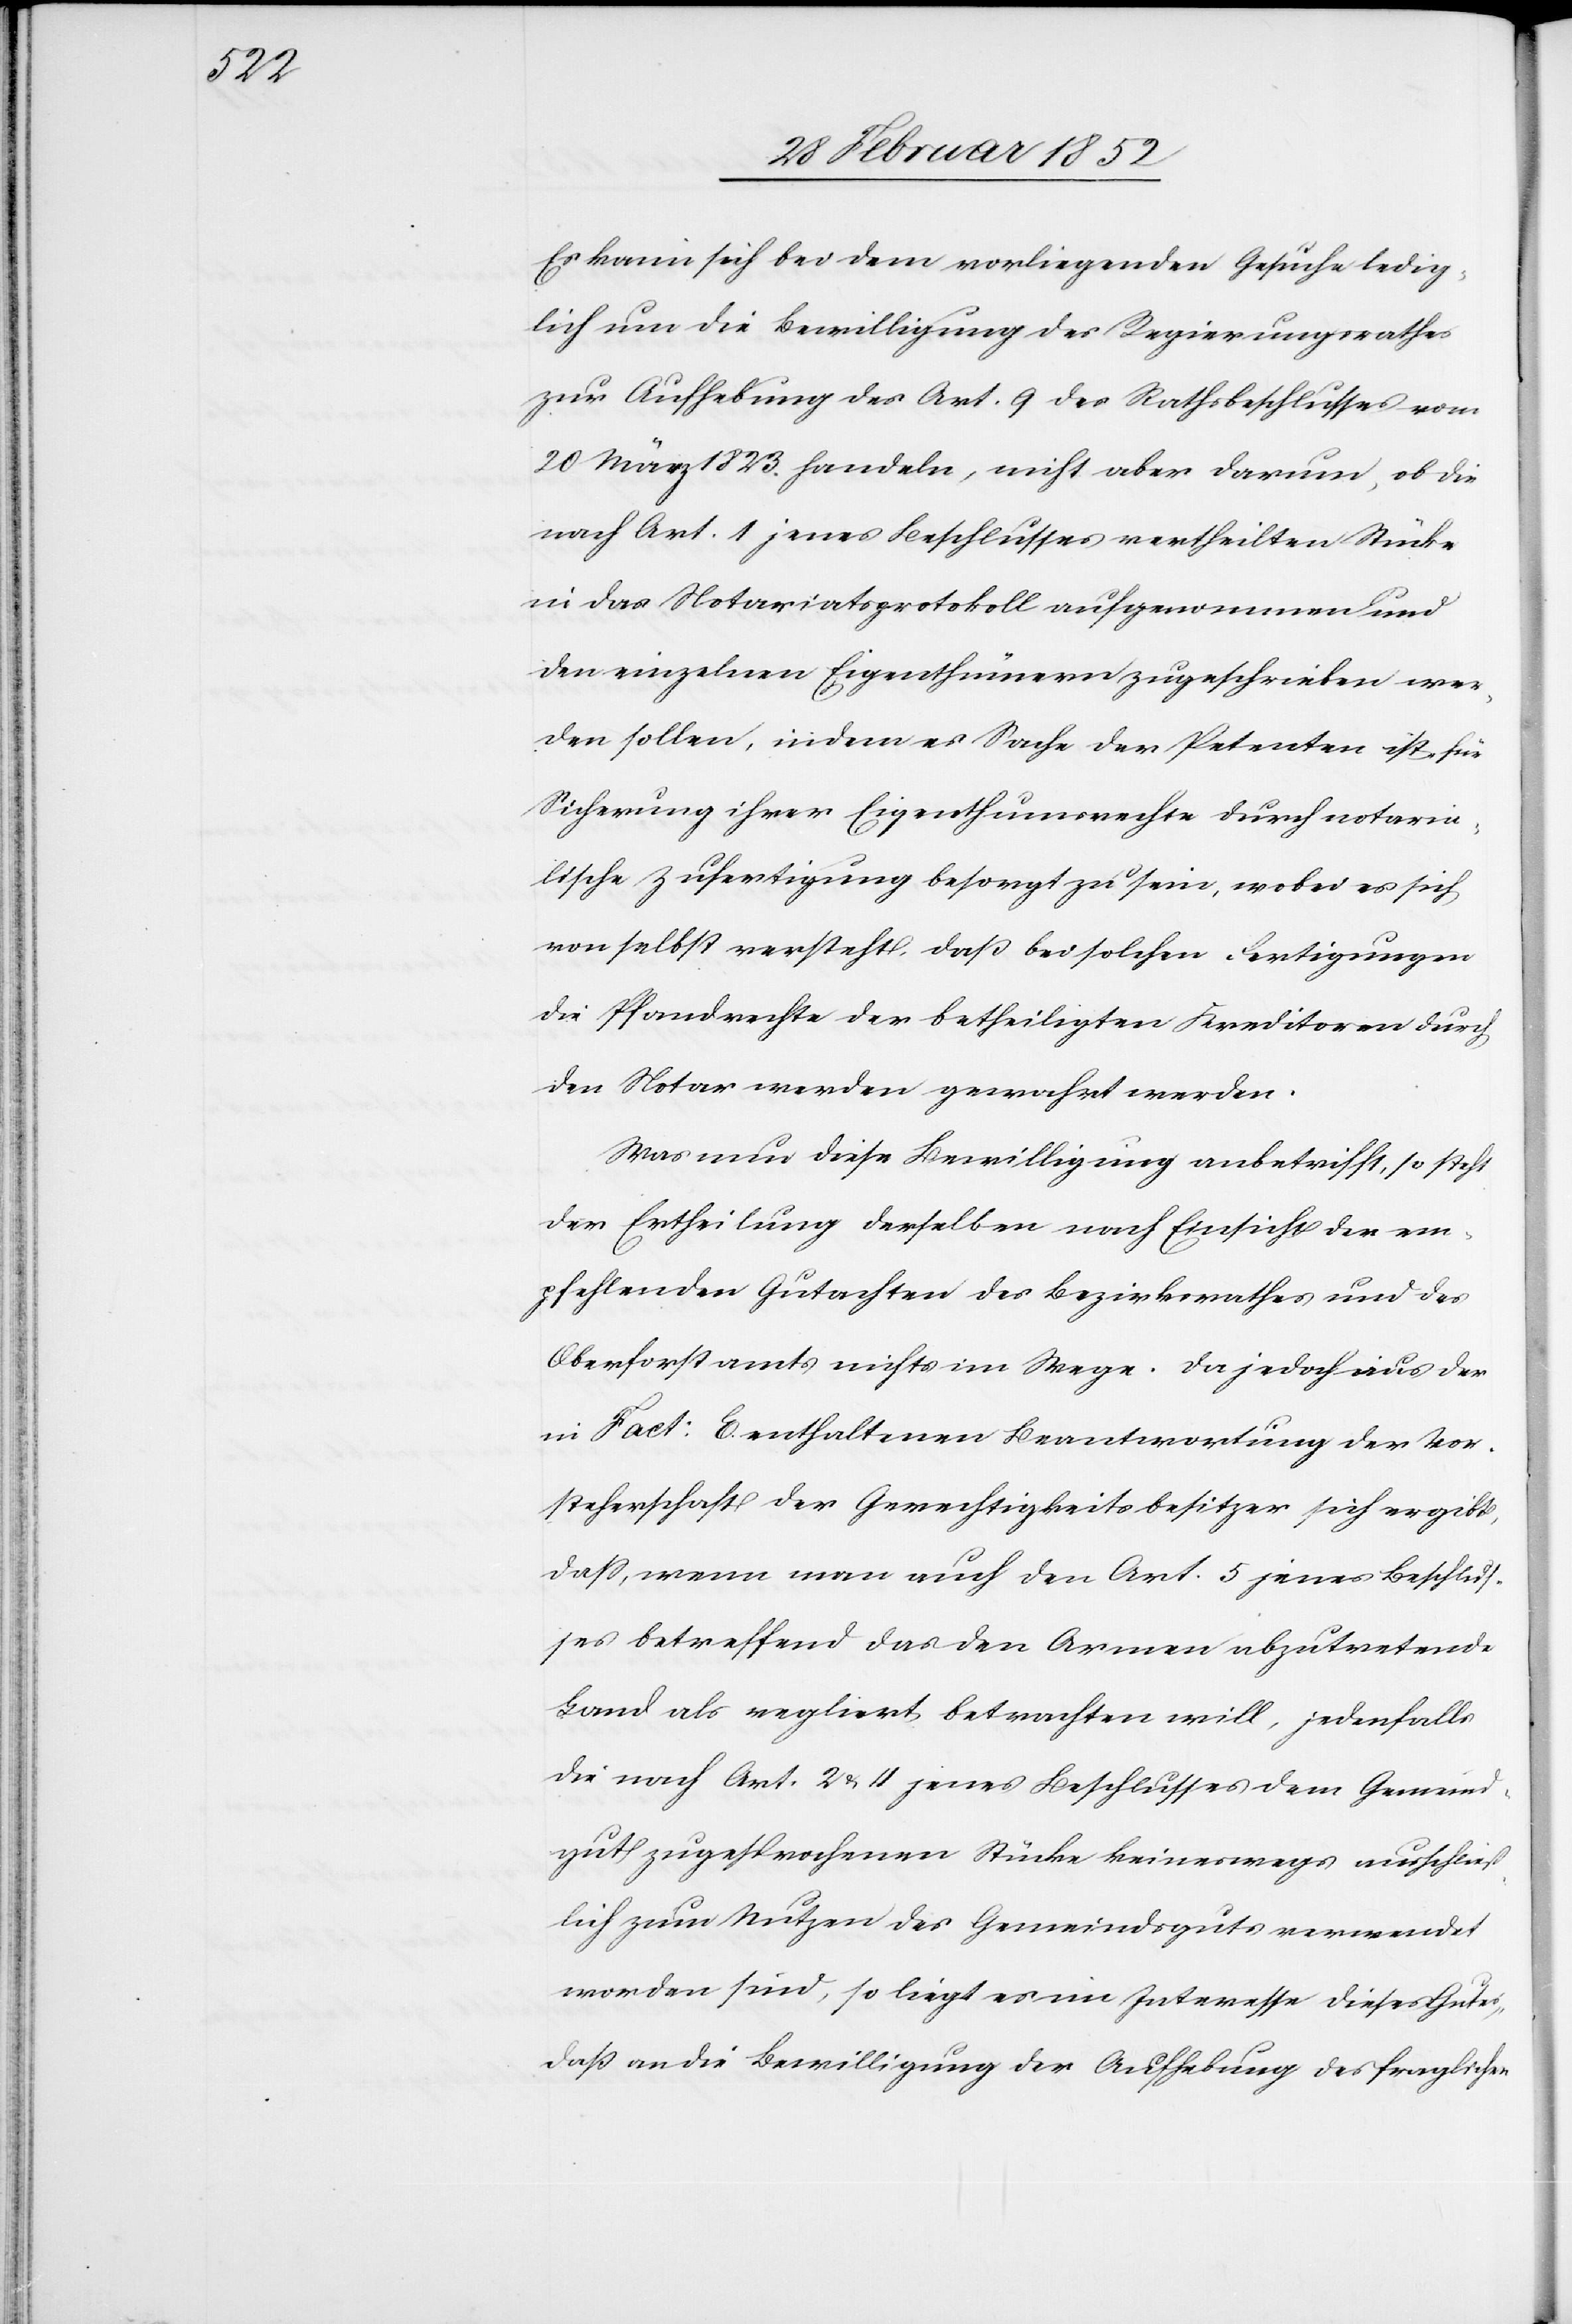
Es kann sich bei dem vorliegenden Gesuche ledig¬
lich um die Bewilligung des Regierungsrathes
zur Aufhebung des Art. 9 des Rathsbeschlusses vom
20 März 1823. handeln, nicht aber darum, ob die
nach Art. 1 jenes Beschlusses vertheilten Stücke
in das Notariatsprotokoll aufgenommen und
den einzelnen Eigenthümern zugeschrieben wer¬
den sollen, indem es Sache der Petenten ist, für
Sicherung ihrer Eigenthumsrechte durch notaria¬
lische Zufertigung besorgt zu sein, wobei es sich
von selbst versteht, daß bei solchen Fertigungen
die Pfandrechte der betheiligten Kreditoren durch
den Notar werden gewahrt werden.
Was nun diese Bewilligung anbetrifft, so steht
der Ertheilung derselben nach Einsicht der em¬
pfehlenden Gutachten des Bezirksrathes und des
Oberforstamts nichts im Wege. Da jedoch aus der
in Fact: E enthaltenen Beantwortung der Vor¬
steherschaft der Gerechtigkeitsbesitzer sich ergibt,
daß, wenn man auch den Art. 5 jenes Beschlus¬
ses betreffend das den Armen abzutretende
Land als regliert betrachten will, jedenfalls
die nach Art. 2 u. 4 jenes Beschlusses dem Gemeind¬
gut zugesprochenen Stücke keineswegs ausschließ¬
lich zum Nutzen des Gemeindsgutes verwendet
worden sind, so liegt es im Interesse dieses Gutes,
daß an die Bewilligung der Aufhebung des fraglichen